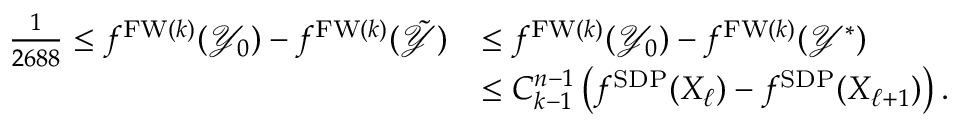
\begin{array} { r l } { \frac { 1 } { 2 6 8 8 } \le f ^ { \mathrm { F W } ( k ) } ( \mathcal { Y } _ { 0 } ) - f ^ { \mathrm { F W } ( k ) } ( \tilde { \mathcal { Y } } ) } & { \le f ^ { \mathrm { F W } ( k ) } ( \mathcal { Y } _ { 0 } ) - f ^ { \mathrm { F W } ( k ) } ( \mathcal { Y } ^ { \ast } ) } \\ & { \le { C _ { k - 1 } ^ { n - 1 } } \left( f ^ { \mathrm { S D P } } ( X _ { \ell } ) - f ^ { \mathrm { S D P } } ( X _ { \ell + 1 } ) \right) . } \end{array}